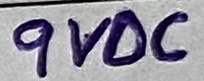
Text: 9VDC